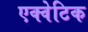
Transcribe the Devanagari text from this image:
एक्वेटिक